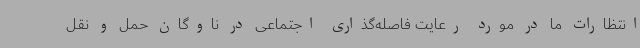
انتظارات ما در مورد رعایت فاصله‌گذاری اجتماعی در ناوگان حمل و نقل